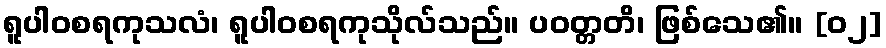
ရူပါဝစရကုသလံ၊ ရူပါဝစရကုသိုလ်သည်။ ပဝတ္တတိ၊ ဖြစ်သေ၏။ [၀၂]